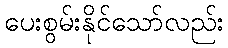
ပေးစွမ်းနိုင်သော်လည်း